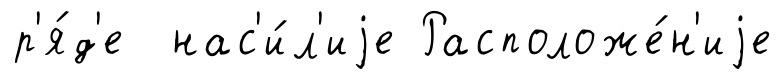
р'я́д'е нас'и́л'иjе Расположе́н'иjе